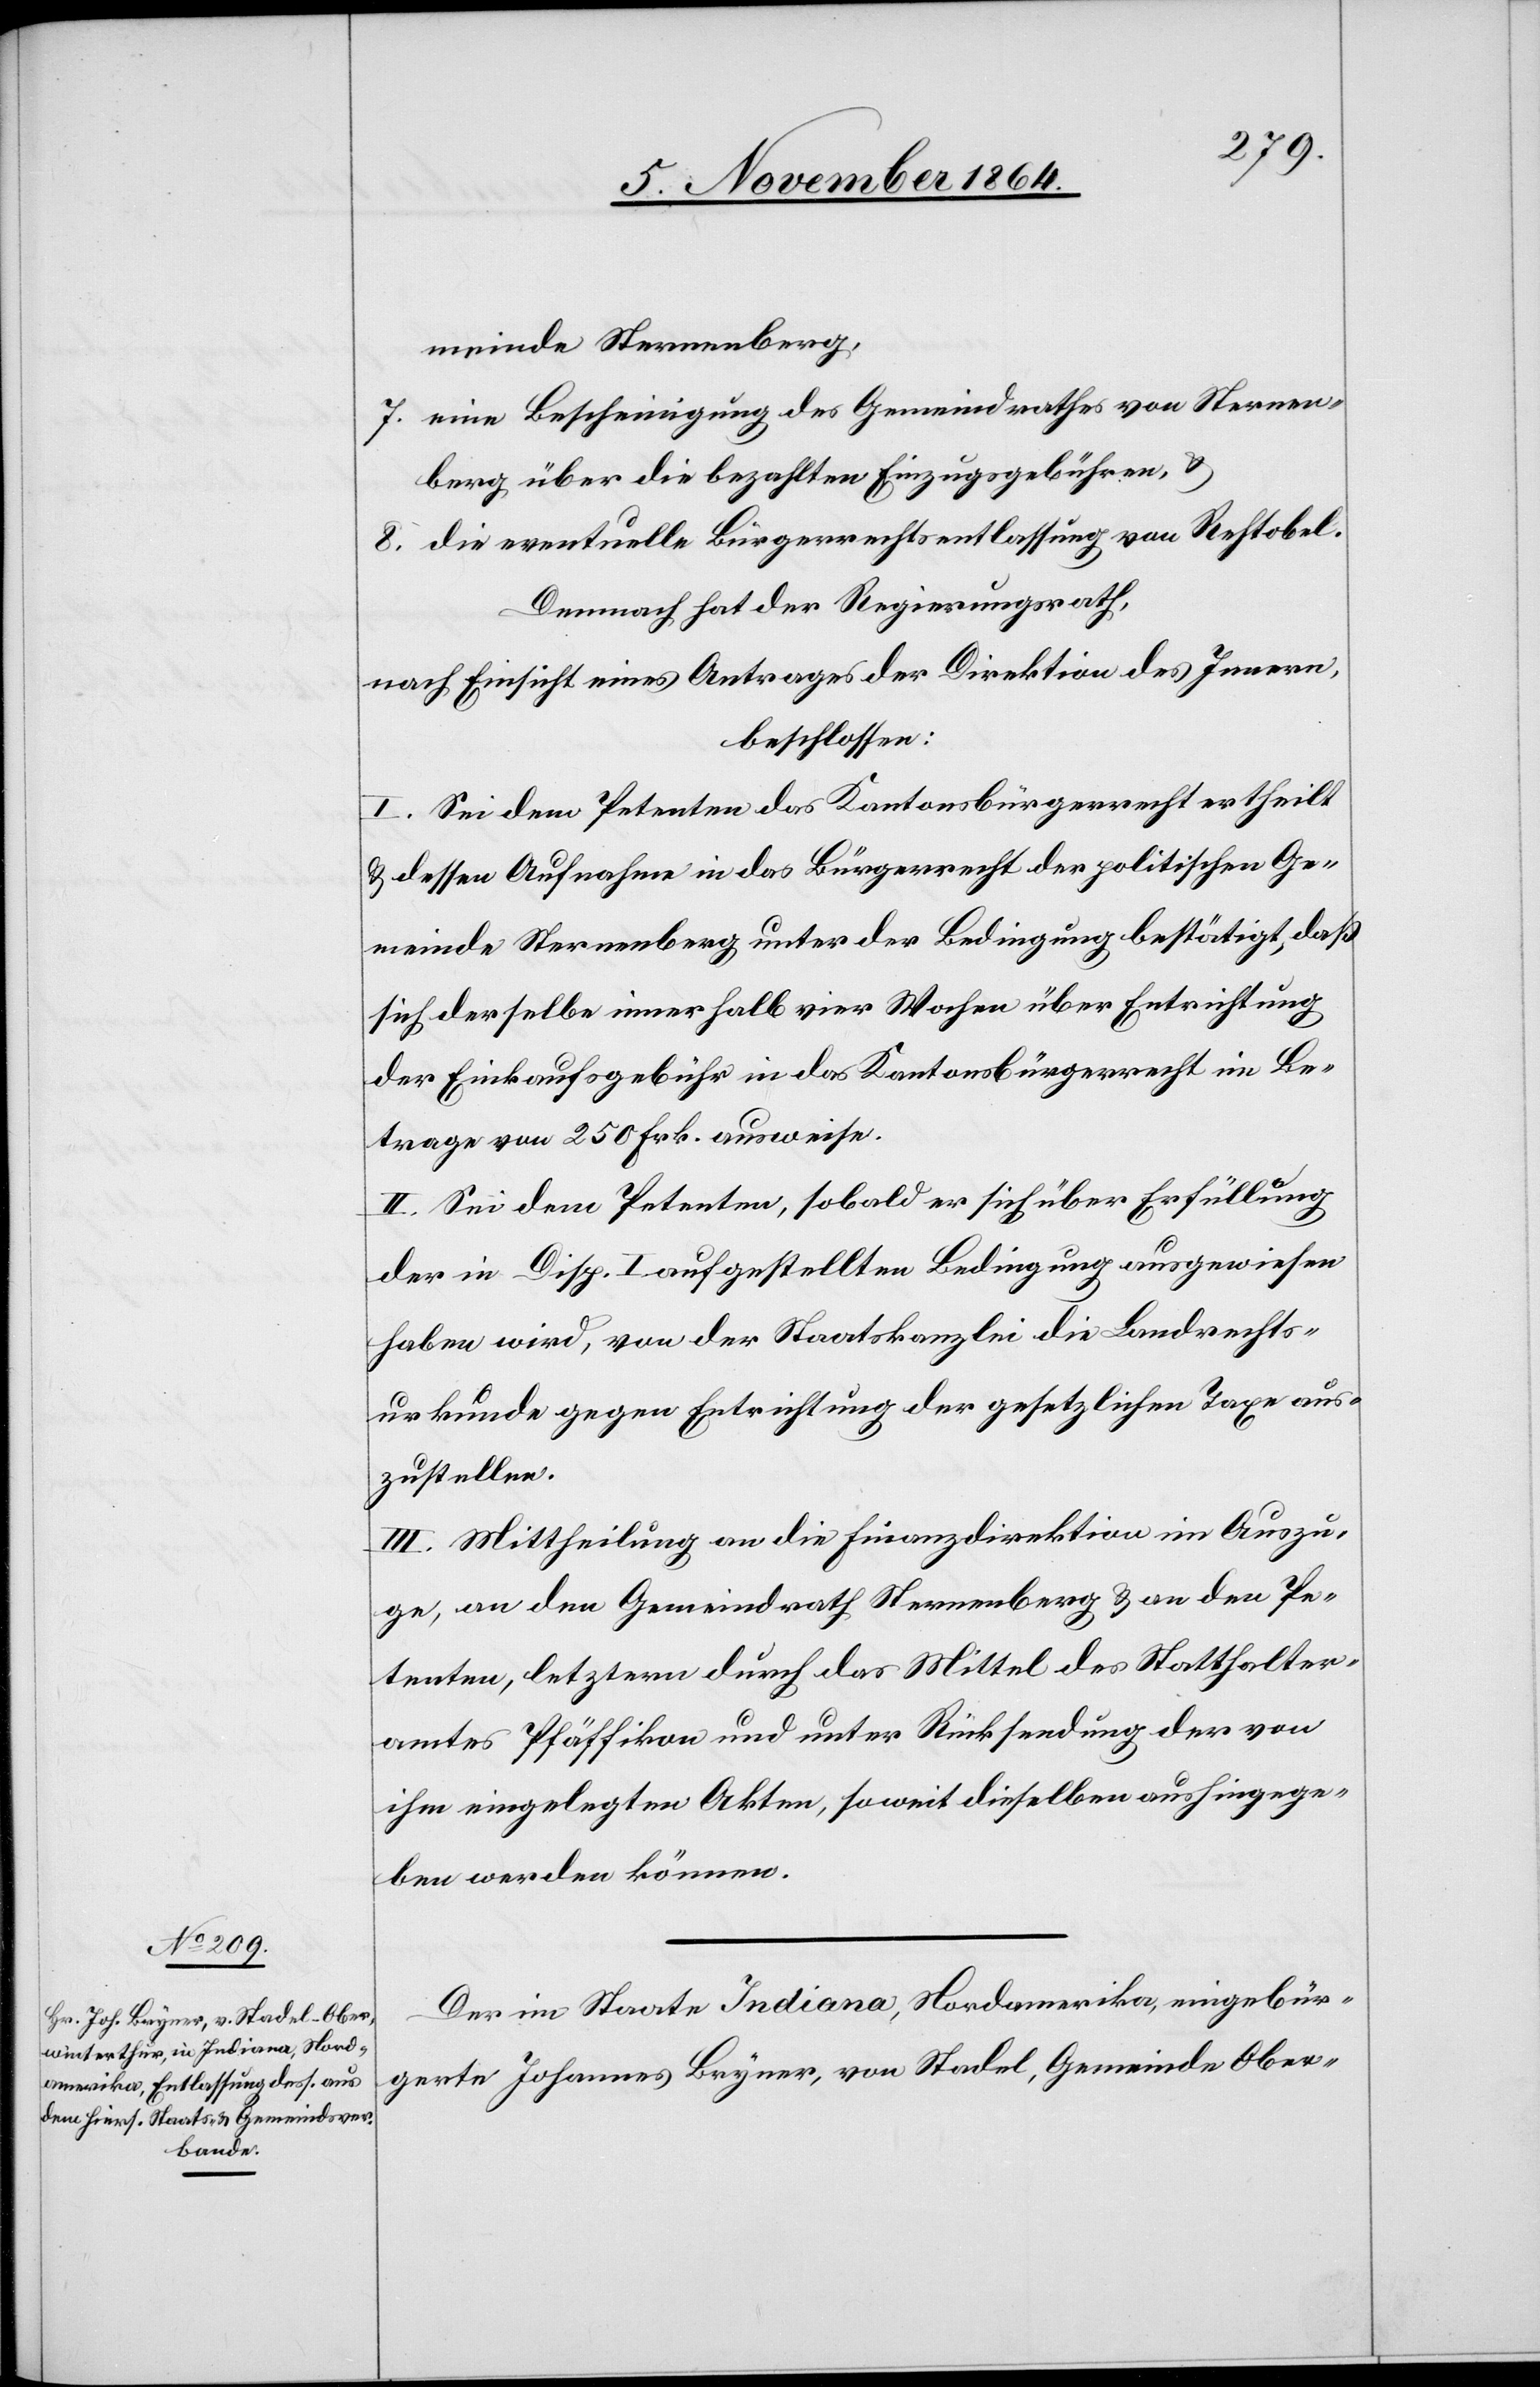
meinde Sternenberg,
7. eine Bescheinigung des Gemeindrathes von Sternen¬
berg über die bezahlten Einzugsgebühren, &
8. die eventuelle Bürgerrechtsentlassung von Rehtobel.
Demnach hat der Regierungsrath,
nach Einsicht eines Antrages der Direktion des Innern,
beschlossen:
I. Sei dem Petenten das Kantonsbürgerrecht ertheilt
& dessen Aufnahme in das Bürgerrecht der politischen Ge¬
meinde Sternenberg unter der Bedingung bestätigt, daß
sich derselbe innerhalb vier Wochen über Entrichtung
der Einkaufsgebühr in das Kantonsbürgerrecht im Be¬
trage von 250 Frk. ausweise.
II. Sei dem Petenten, sobald er sich über Erfüllung
der in Disp. I. aufgestellten Bedingung ausgewiesen
haben wird, von der Staatskanzlei die Landrechts¬
urkunde gegen Entrichtung der gesetzlichen Taxe aus¬
zustellen.
III. Mittheilung an die Finanzdirektion im Auszu¬
ge, an den Gemeindrath Sternenberg & an den Pe¬
tenten, letzterm durch das Mittel des Statthalter¬
amtes Pfäffikon und unter Rücksendung der von
ihm eingelegten Akten, soweit dieselben aushingege¬
ben werden können.
Der im Staate Indiana, Nordamerika, eingebür¬
gerte Johannes Bryner, von Stadel, Gemeinde Ober-